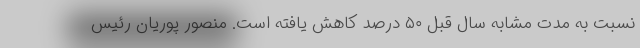
نسبت به مدت مشابه سال قبل ۵۰ درصد کاهش یافته است. منصور پوریان رئیس